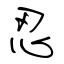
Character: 忍